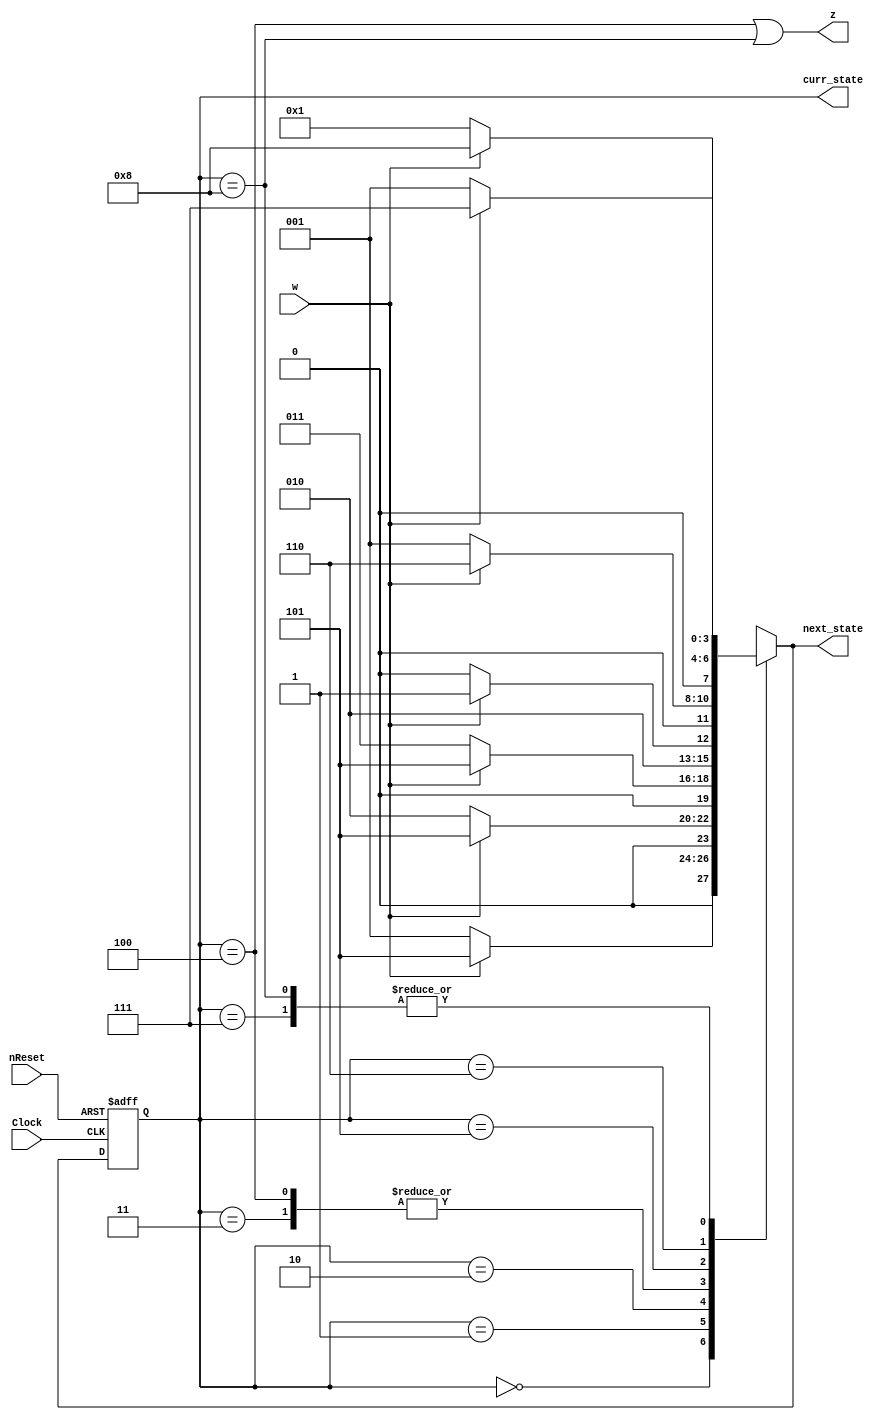
// CPEN230L lab 11, convert binary 1..9 to A..I on a 7-segment display
// Gabe DiMartino 12/5/23

module seq4FSM (
  input        Clock,  // posedge triggered
  input        nReset, // active low synchronous reset
  input        w,      // main FSM input
  output       z,      // main output, 1 indicates a w seq of 4
  output [3:0] curr_state,    // for demo/diagnostics
  output [3:0] next_state );  // for demo/diagnostics

  parameter  // state assignment (minimum flip-flops, not one-hot)
    A = 4'd0, B = 4'd1, C = 4'd2, D = 4'd3, E = 4'd4,
    F = 4'd5, G = 4'd6, H = 4'd7, I = 4'd8;

  // registers for use in "always" block procedural assignments
  reg [3:0] curr_state_r;
  reg [3:0] next_state_r;

  always @(curr_state_r, w) begin
    case (curr_state_r)
      A: if (!w) next_state_r = B; else next_state_r = F;
      B: if (!w) next_state_r = C; else next_state_r = F;
      C: if (!w) next_state_r = D; else next_state_r = F;
      D: if (!w) next_state_r = E; else next_state_r = F; 
      E: if (!w) next_state_r = E; else next_state_r = F;
      F: if (!w) next_state_r = B; else next_state_r = G;
      G: if (!w) next_state_r = B; else next_state_r = H;
      H: if (!w) next_state_r = B; else next_state_r = I;
      I: if (!w) next_state_r = B; else next_state_r = I;
      default:   next_state_r = 4'bxxxx;  // required, not all 16 used
    endcase
  end

  always @(posedge Clock or negedge nReset) begin
    if (!nReset) begin
      curr_state_r <= A;
    end else begin
      curr_state_r <= next_state_r;
    end
  end

  // Define the *combinational* circuit that sets outputs based on the
  // current state of the FSM.
  assign z = ((curr_state_r == E) || (curr_state_r == I));
  assign curr_state = curr_state_r;
  assign next_state = next_state_r;

endmodule